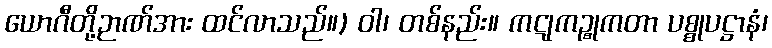
ယောဂီတို့ဉာဏ်အား ထင်လာသည်။) ဝါ၊ တစ်နည်း။ ကဋုကဉ္စုကတာ ပစ္စုပဋ္ဌာနံ၊